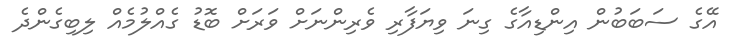
އޭގެ ސަބަބުން އިންޑިއާގެ ގިނަ ވިޔަފާރި ވެރިންނަަަށް ވަރަށް ބޮޑު ގެއްލުމެއް ލިބިގެންދެ